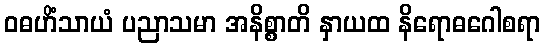
ဝဓဟိံသာယံ ပညာသမာ အနိစ္စာတိ နှာယထ နိရောဓဂေါစရာ